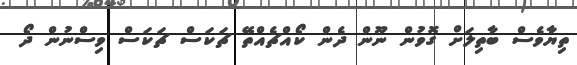
ތިޔާވެސް ބާތިލަށް ގޮވުން ނޫން ދެން ކޯއްޗެއްތޭ ޗަކަސް ޗަކަސް ވިސްނުން ދޯ